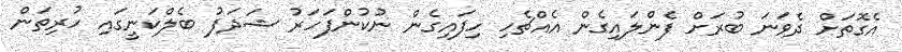
އެގޮތަށް ދެވަނަ ބުރަށް ފެންލައިގެން އެއްޗެހި ހިފައިގެން ނުކުންފަހަރު ޝަދަފު ބެލްކަނީގައި ހުރިތަން